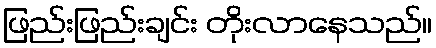
ဖြည်းဖြည်းချင်း တိုးလာနေသည်။